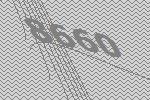
8660